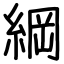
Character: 綱